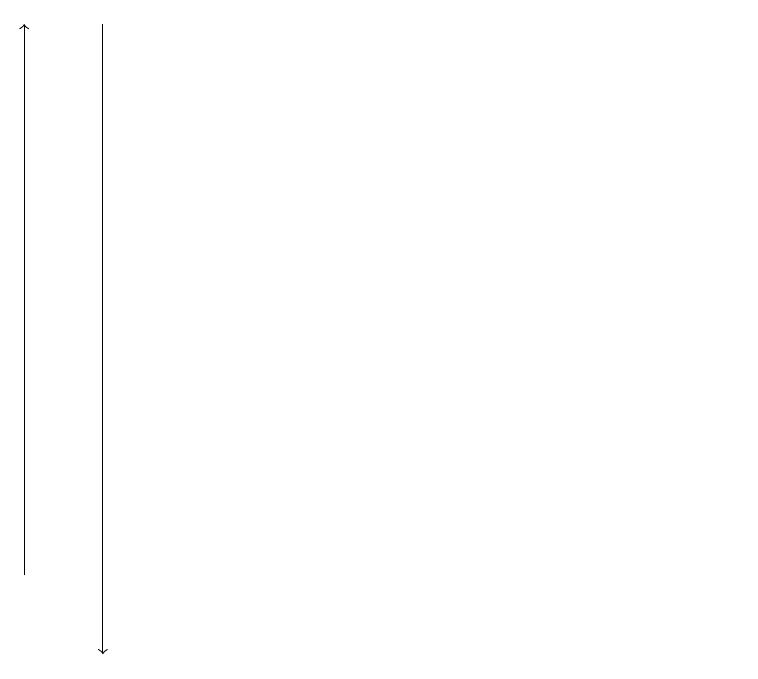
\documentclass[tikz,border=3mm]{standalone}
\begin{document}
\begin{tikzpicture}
\draw[->] (3,19) -- (3,11);
\draw (11,11) circle (0);
\draw[->] (2,12) -- (2,19);
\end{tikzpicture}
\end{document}